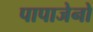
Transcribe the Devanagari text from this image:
पापाजेनो